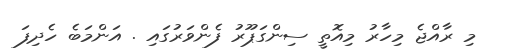
މި ރާއްޖެ މިހާރު މިއޮތީ ސިންގަޕޫރު ފެންވަރުގައި . އަންމަބެ ހެދިފަ